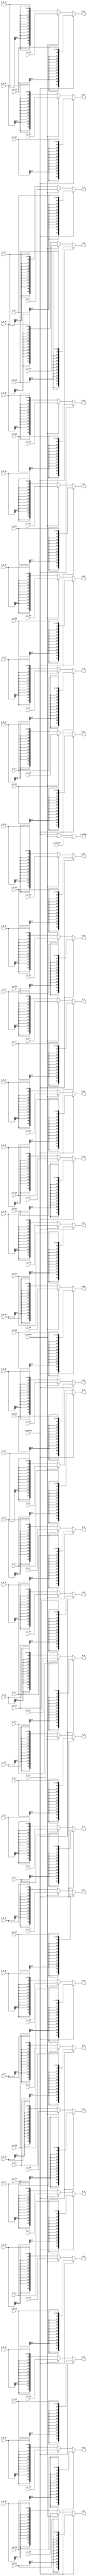
//company       : xm tech
//project name  : H265i
//top module    : dct_top_2d.v
//data          : 2018.01.25
//delay         : 0 clk 
//describe      :
//modification  :
//v1.0          :
module mux_0(
          i_valid0  ,//ctl0 in
          i_0_0     ,
          i_0_1     ,
          i_0_2     ,
          i_0_3     ,
          i_0_4     ,
          i_0_5     ,
          i_0_6     ,
          i_0_7     ,
          i_0_8     ,
          i_0_9     ,
          i_0_10    ,
          i_0_11    ,
          i_0_12    ,
          i_0_13    ,
          i_0_14    ,
          i_0_15    ,
          i_0_16    ,
          i_0_17    ,
          i_0_18    ,
          i_0_19    ,
          i_0_20    ,
          i_0_21    ,
          i_0_22    ,
          i_0_23    ,
          i_0_24    ,
          i_0_25    ,
          i_0_26    ,
          i_0_27    ,
          i_0_28    ,
          i_0_29    ,
          i_0_30    ,
          i_0_31    ,
          
          i_valid1  ,//ctl1 in
          i_1_0     ,
          i_1_1     ,
          i_1_2     ,
          i_1_3     ,
          i_1_4     ,
          i_1_5     ,
          i_1_6     ,
          i_1_7     ,
          i_1_8     ,
          i_1_9     ,
          i_1_10    ,
          i_1_11    ,
          i_1_12    ,
          i_1_13    ,
          i_1_14    ,
          i_1_15    ,
          i_1_16    ,
          i_1_17    ,
          i_1_18    ,
          i_1_19    ,
          i_1_20    ,
          i_1_21    ,
          i_1_22    ,
          i_1_23    ,
          i_1_24    ,
          i_1_25    ,
          i_1_26    ,
          i_1_27    ,
          i_1_28    ,
          i_1_29    ,
          i_1_30    ,
          i_1_31    ,
           
          i_valid2  ,//transform in
          i_2_0     ,
          i_2_1     ,
          i_2_2     ,
          i_2_3     ,
          i_2_4     ,
          i_2_5     ,
          i_2_6     ,
          i_2_7     ,
          i_2_8     ,
          i_2_9     ,
          i_2_10    ,
          i_2_11    ,
          i_2_12    ,
          i_2_13    ,
          i_2_14    ,
          i_2_15    ,
          i_2_16    ,
          i_2_17    ,
          i_2_18    ,
          i_2_19    ,
          i_2_20    ,
          i_2_21    ,
          i_2_22    ,
          i_2_23    ,
          i_2_24    ,
          i_2_25    ,
          i_2_26    ,
          i_2_27    ,
          i_2_28    ,
          i_2_29    ,
          i_2_30    ,
          i_2_31    ,
//----------------------------------//
          o_valid   ,
          o_0     ,
          o_1     ,
          o_2     ,
          o_3     ,
          o_4     ,
          o_5     ,
          o_6     ,
          o_7     ,
          o_8     ,
          o_9     ,
          o_10    ,
          o_11    ,
          o_12    ,
          o_13    ,
          o_14    ,
          o_15    ,
          o_16    ,
          o_17    ,
          o_18    ,
          o_19    ,
          o_20    ,
          o_21    ,
          o_22    ,
          o_23    ,
          o_24    ,
          o_25    ,
          o_26    ,
          o_27    ,
          o_28    ,
          o_29    ,
          o_30    ,
          o_31    
);

// ********************************************
//                                             
//    INPUT / OUTPUT DECLARATION                                               
//                                                                             
// ********************************************  

input                       i_valid0  ;
input      [15:0]           i_0_0       ;//signed
input      [15:0]           i_0_1       ;//signed
input      [15:0]           i_0_2       ;//signed
input      [15:0]           i_0_3       ;//signed
input      [15:0]           i_0_4       ;//signed
input      [15:0]           i_0_5       ;//signed
input      [15:0]           i_0_6       ;//signed
input      [15:0]           i_0_7       ;//signed
input      [15:0]           i_0_8       ;//signed
input      [15:0]           i_0_9       ;//signed
input      [15:0]           i_0_10      ;//signed
input      [15:0]           i_0_11      ;//signed
input      [15:0]           i_0_12      ;//signed
input      [15:0]           i_0_13      ;//signed
input      [15:0]           i_0_14      ;//signed
input      [15:0]           i_0_15      ;//signed
input      [15:0]           i_0_16      ;//signed
input      [15:0]           i_0_17      ;//signed
input      [15:0]           i_0_18      ;//signed
input      [15:0]           i_0_19      ;//signed
input      [15:0]           i_0_20      ;//signed
input      [15:0]           i_0_21      ;//signed
input      [15:0]           i_0_22      ;//signed
input      [15:0]           i_0_23      ;//signed
input      [15:0]           i_0_24      ;//signed
input      [15:0]           i_0_25      ;//signed
input      [15:0]           i_0_26      ;//signed
input      [15:0]           i_0_27      ;//signed
input      [15:0]           i_0_28      ;//signed
input      [15:0]           i_0_29      ;//signed
input      [15:0]           i_0_30      ;//signed
input      [15:0]           i_0_31      ;//signed

input                       i_valid1    ;
input      [27:0]           i_1_0       ;//signed
input      [27:0]           i_1_1       ;//signed
input      [27:0]           i_1_2       ;//signed
input      [27:0]           i_1_3       ;//signed
input      [27:0]           i_1_4       ;//signed
input      [27:0]           i_1_5       ;//signed
input      [27:0]           i_1_6       ;//signed
input      [27:0]           i_1_7       ;//signed
input      [27:0]           i_1_8       ;//signed
input      [27:0]           i_1_9       ;//signed
input      [27:0]           i_1_10      ;//signed
input      [27:0]           i_1_11      ;//signed
input      [27:0]           i_1_12      ;//signed
input      [27:0]           i_1_13      ;//signed
input      [27:0]           i_1_14      ;//signed
input      [27:0]           i_1_15      ;//signed
input      [27:0]           i_1_16      ;//signed
input      [27:0]           i_1_17      ;//signed
input      [27:0]           i_1_18      ;//signed
input      [27:0]           i_1_19      ;//signed
input      [27:0]           i_1_20      ;//signed
input      [27:0]           i_1_21      ;//signed
input      [27:0]           i_1_22      ;//signed
input      [27:0]           i_1_23      ;//signed
input      [27:0]           i_1_24      ;//signed
input      [27:0]           i_1_25      ;//signed
input      [27:0]           i_1_26      ;//signed
input      [27:0]           i_1_27      ;//signed
input      [27:0]           i_1_28      ;//signed
input      [27:0]           i_1_29      ;//signed
input      [27:0]           i_1_30      ;//signed
input      [27:0]           i_1_31      ;//signed

input                       i_valid2    ;
input      [15:0]           i_2_0       ;//signed
input      [15:0]           i_2_1       ;//signed
input      [15:0]           i_2_2       ;//signed
input      [15:0]           i_2_3       ;//signed
input      [15:0]           i_2_4       ;//signed
input      [15:0]           i_2_5       ;//signed
input      [15:0]           i_2_6       ;//signed
input      [15:0]           i_2_7       ;//signed
input      [15:0]           i_2_8       ;//signed
input      [15:0]           i_2_9       ;//signed
input      [15:0]           i_2_10      ;//signed
input      [15:0]           i_2_11      ;//signed
input      [15:0]           i_2_12      ;//signed
input      [15:0]           i_2_13      ;//signed
input      [15:0]           i_2_14      ;//signed
input      [15:0]           i_2_15      ;//signed
input      [15:0]           i_2_16      ;//signed
input      [15:0]           i_2_17      ;//signed
input      [15:0]           i_2_18      ;//signed
input      [15:0]           i_2_19      ;//signed
input      [15:0]           i_2_20      ;//signed
input      [15:0]           i_2_21      ;//signed
input      [15:0]           i_2_22      ;//signed
input      [15:0]           i_2_23      ;//signed
input      [15:0]           i_2_24      ;//signed
input      [15:0]           i_2_25      ;//signed
input      [15:0]           i_2_26      ;//signed
input      [15:0]           i_2_27      ;//signed
input      [15:0]           i_2_28      ;//signed
input      [15:0]           i_2_29      ;//signed
input      [15:0]           i_2_30      ;//signed
input      [15:0]           i_2_31      ;//signed

output wire                     o_valid   ;
output wire    [27:0]           o_0       ;//signed
output wire    [27:0]           o_1       ;//signed
output wire    [27:0]           o_2       ;//signed
output wire    [27:0]           o_3       ;//signed
output wire    [27:0]           o_4       ;//signed
output wire    [27:0]           o_5       ;//signed
output wire    [27:0]           o_6       ;//signed
output wire    [27:0]           o_7       ;//signed
output wire    [27:0]           o_8       ;//signed
output wire    [27:0]           o_9       ;//signed
output wire    [27:0]           o_10      ;//signed
output wire    [27:0]           o_11      ;//signed
output wire    [27:0]           o_12      ;//signed
output wire    [27:0]           o_13      ;//signed
output wire    [27:0]           o_14      ;//signed
output wire    [27:0]           o_15      ;//signed
output wire    [27:0]           o_16      ;//signed
output wire    [27:0]           o_17      ;//signed
output wire    [27:0]           o_18      ;//signed
output wire    [27:0]           o_19      ;//signed
output wire    [27:0]           o_20      ;//signed
output wire    [27:0]           o_21      ;//signed
output wire    [27:0]           o_22      ;//signed
output wire    [27:0]           o_23      ;//signed
output wire    [27:0]           o_24      ;//signed
output wire    [27:0]           o_25      ;//signed
output wire    [27:0]           o_26      ;//signed
output wire    [27:0]           o_27      ;//signed
output wire    [27:0]           o_28      ;//signed
output wire    [27:0]           o_29      ;//signed
output wire    [27:0]           o_30      ;//signed
output wire    [27:0]           o_31      ;//signed

assign o_valid = i_valid0 || i_valid1 || i_valid2;
assign o_0  = i_valid0 ? {{12{i_0_0[15]}},i_0_0}   : (i_valid1? i_1_0  : {{12{i_2_0[15]}},i_2_0} )  ;
assign o_1  = i_valid0 ? {{12{i_0_1[15]}},i_0_1}   : (i_valid1? i_1_1  : {{12{i_2_1[15]}},i_2_1} )  ;
assign o_2  = i_valid0 ? {{12{i_0_2[15]}},i_0_2}   : (i_valid1? i_1_2  : {{12{i_2_2[15]}},i_2_2} )  ;
assign o_3  = i_valid0 ? {{12{i_0_3[15]}},i_0_3}   : (i_valid1? i_1_3  : {{12{i_2_3[15]}},i_2_3} )  ;
assign o_4  = i_valid0 ? {{12{i_0_4[15]}},i_0_4}   : (i_valid1? i_1_4  : {{12{i_2_4[15]}},i_2_4} )  ;
assign o_5  = i_valid0 ? {{12{i_0_5[15]}},i_0_5}   : (i_valid1? i_1_5  : {{12{i_2_5[15]}},i_2_5} )  ;
assign o_6  = i_valid0 ? {{12{i_0_6[15]}},i_0_6}   : (i_valid1? i_1_6  : {{12{i_2_6[15]}},i_2_6} )  ;
assign o_7  = i_valid0 ? {{12{i_0_7[15]}},i_0_7}   : (i_valid1? i_1_7  : {{12{i_2_7[15]}},i_2_7} )  ;
assign o_8  = i_valid0 ? {{12{i_0_8[15]}},i_0_8}   : (i_valid1? i_1_8  : {{12{i_2_8[15]}},i_2_8} )  ;
assign o_9  = i_valid0 ? {{12{i_0_9[15]}},i_0_9}   : (i_valid1? i_1_9  : {{12{i_2_9[15]}},i_2_9} )  ;
assign o_10 = i_valid0 ? {{12{i_0_10[15]}},i_0_10} : (i_valid1? i_1_10 : {{12{i_2_10[15]}},i_2_10} );
assign o_11 = i_valid0 ? {{12{i_0_11[15]}},i_0_11} : (i_valid1? i_1_11 : {{12{i_2_11[15]}},i_2_11} );
assign o_12 = i_valid0 ? {{12{i_0_12[15]}},i_0_12} : (i_valid1? i_1_12 : {{12{i_2_12[15]}},i_2_12} );
assign o_13 = i_valid0 ? {{12{i_0_13[15]}},i_0_13} : (i_valid1? i_1_13 : {{12{i_2_13[15]}},i_2_13} );
assign o_14 = i_valid0 ? {{12{i_0_14[15]}},i_0_14} : (i_valid1? i_1_14 : {{12{i_2_14[15]}},i_2_14} );
assign o_15 = i_valid0 ? {{12{i_0_15[15]}},i_0_15} : (i_valid1? i_1_15 : {{12{i_2_15[15]}},i_2_15} );
assign o_16 = i_valid0 ? {{12{i_0_16[15]}},i_0_16} : (i_valid1? i_1_16 : {{12{i_2_16[15]}},i_2_16} );
assign o_17 = i_valid0 ? {{12{i_0_17[15]}},i_0_17} : (i_valid1? i_1_17 : {{12{i_2_17[15]}},i_2_17} );
assign o_18 = i_valid0 ? {{12{i_0_18[15]}},i_0_18} : (i_valid1? i_1_18 : {{12{i_2_18[15]}},i_2_18} );
assign o_19 = i_valid0 ? {{12{i_0_19[15]}},i_0_19} : (i_valid1? i_1_19 : {{12{i_2_19[15]}},i_2_19} );
assign o_20 = i_valid0 ? {{12{i_0_20[15]}},i_0_20} : (i_valid1? i_1_20 : {{12{i_2_20[15]}},i_2_20} );
assign o_21 = i_valid0 ? {{12{i_0_21[15]}},i_0_21} : (i_valid1? i_1_21 : {{12{i_2_21[15]}},i_2_21} );
assign o_22 = i_valid0 ? {{12{i_0_22[15]}},i_0_22} : (i_valid1? i_1_22 : {{12{i_2_22[15]}},i_2_22} );
assign o_23 = i_valid0 ? {{12{i_0_23[15]}},i_0_23} : (i_valid1? i_1_23 : {{12{i_2_23[15]}},i_2_23} );
assign o_24 = i_valid0 ? {{12{i_0_24[15]}},i_0_24} : (i_valid1? i_1_24 : {{12{i_2_24[15]}},i_2_24} );
assign o_25 = i_valid0 ? {{12{i_0_25[15]}},i_0_25} : (i_valid1? i_1_25 : {{12{i_2_25[15]}},i_2_25} );
assign o_26 = i_valid0 ? {{12{i_0_26[15]}},i_0_26} : (i_valid1? i_1_26 : {{12{i_2_26[15]}},i_2_26} );
assign o_27 = i_valid0 ? {{12{i_0_27[15]}},i_0_27} : (i_valid1? i_1_27 : {{12{i_2_27[15]}},i_2_27} );
assign o_28 = i_valid0 ? {{12{i_0_28[15]}},i_0_28} : (i_valid1? i_1_28 : {{12{i_2_28[15]}},i_2_28} );
assign o_29 = i_valid0 ? {{12{i_0_29[15]}},i_0_29} : (i_valid1? i_1_29 : {{12{i_2_29[15]}},i_2_29} );
assign o_30 = i_valid0 ? {{12{i_0_30[15]}},i_0_30} : (i_valid1? i_1_30 : {{12{i_2_30[15]}},i_2_30} );
assign o_31 = i_valid0 ? {{12{i_0_31[15]}},i_0_31} : (i_valid1? i_1_31 : {{12{i_2_31[15]}},i_2_31} );


endmodule